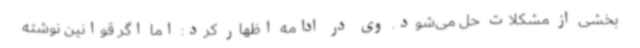
بخشی از مشکلات حل می‌شود. وی در ادامه اظهار کرد: اما اگر قوانین نوشته